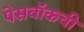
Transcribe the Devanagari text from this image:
पेसवॉकची